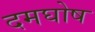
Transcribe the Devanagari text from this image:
दमघोष